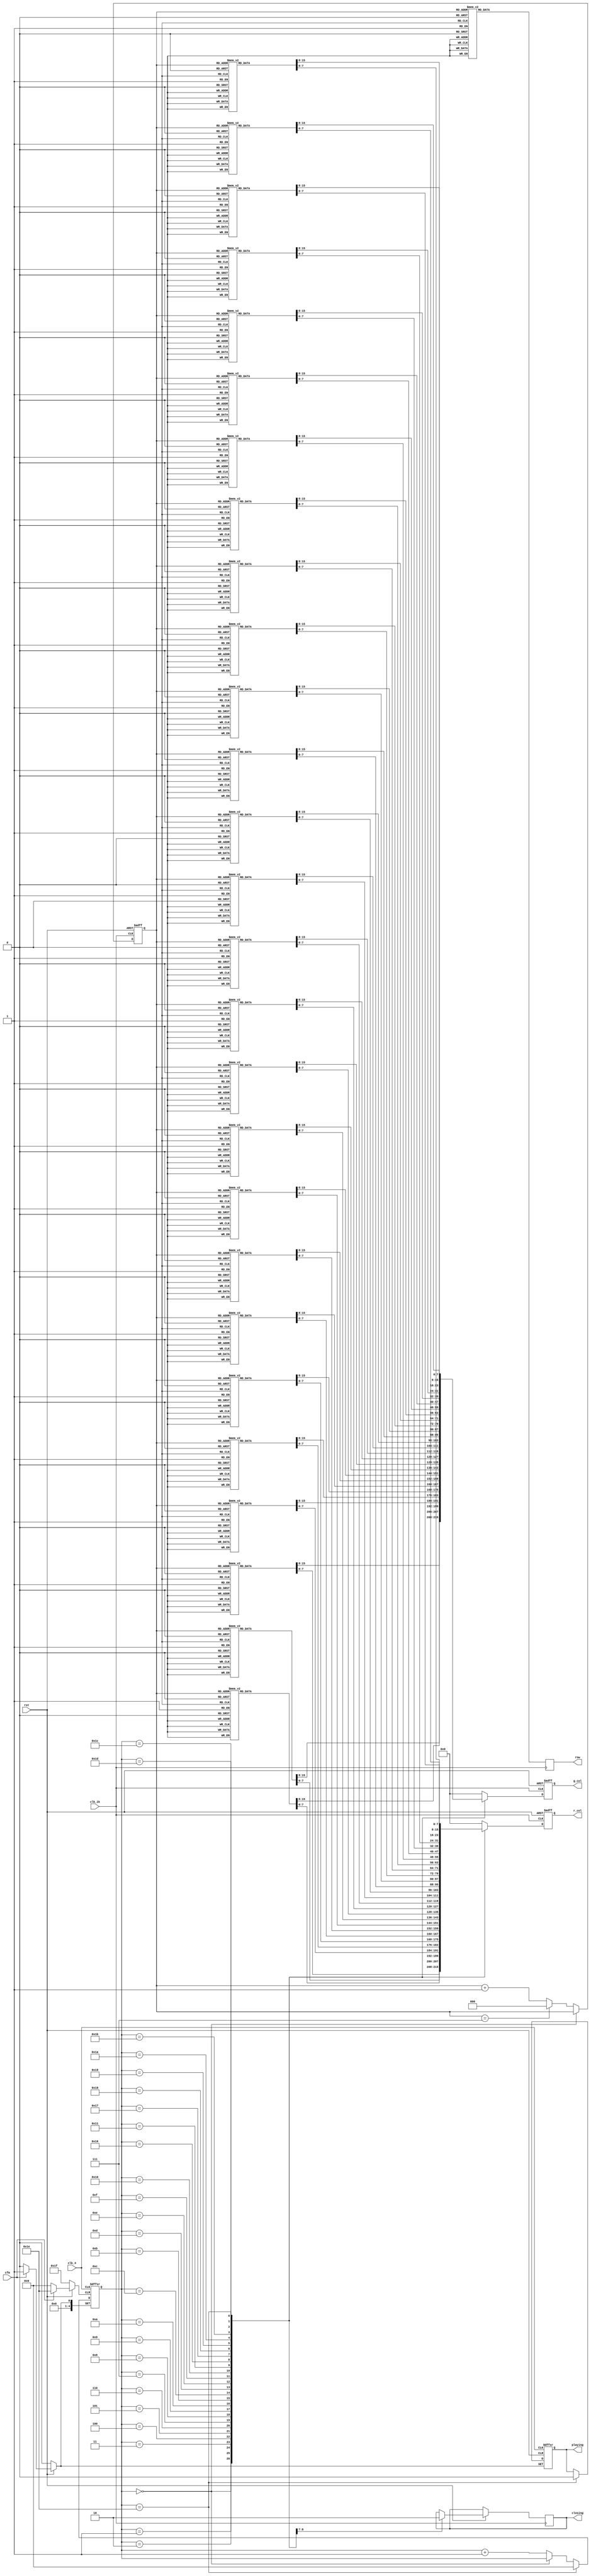
//88
module Screen(
									input clk_1k,clk_4,						//
									input rst,											//
									input cfm,										//Operator>>
								
									output reg[7:0] row=0,			//
									output reg[7:0] r_col=0,		//
									output reg[7:0] g_col=0,		//
									output reg  playing=0,			//
									output reg closing=0
									);
	 
	 
	 reg [4:0] cnt_playing= 0;						//
	 reg [2:0] cnt_scan= 0;							//
	 
	 
	 //
	 always @(posedge clk_4 or negedge rst or posedge cfm)
		  begin  
				if(!rst) begin
					cnt_playing<=0;
					playing<=0;
				end
				else if(cfm)begin												//cfm01
					cnt_playing<=5'b00001;
					playing<=1;
				end
				else if(cnt_playing==5'b11110) begin	//0
					cnt_playing<=0;
					playing<=0;
				end
				else if(cnt_playing==0)
					cnt_playing<=cnt_playing;						//0
				else begin																//
					cnt_playing<=cnt_playing+1'b1;
					playing<=playing;
				end
		  end	
		
	 //
    always @(posedge clk_1k or negedge rst)
	     begin
				if(!rst)begin												//rst
					cnt_scan<=0;
				end
				else if(cnt_playing==0)						//
						cnt_scan<=cnt_scan;
			   else if(cnt_scan ==3'b111)				//81
					 cnt_scan <= 3'b000;
				else																//
					 cnt_scan <= cnt_scan + 1'b1;
		  end
		  
		 // 
		always @(posedge clk_1k)begin
		 case(cnt_scan)
		 3'b111:row<=8'b0111_1111; 
		 3'b110:row<=8'b1011_1111; 
		 3'b101:row<=8'b1101_1111; 
		 3'b100:row<=8'b1110_1111; 
		 3'b011:row<=8'b1111_0111; 
		 3'b010:row<=8'b1111_1011; 
		 3'b001:row<=8'b1111_1101; 
		 3'b000:row<=8'b1111_1110; 
		 default:row<=0; 
		 endcase
		end
		
   
	//=====================================================
	  always @(negedge rst or posedge clk_1k)
			begin
			  if(!rst) begin
				r_col<=0;
				g_col<=0;
				end
				else begin
			  case(cnt_playing)
			  
					//=====
				 	5'b00000:begin
							 case(cnt_scan)
							 3'b111:begin  r_col<=8'b0000_0000; g_col<= 8'b0000_0000; end
							 3'b110:begin  r_col<=8'b0000_0000; g_col<= 8'b0000_0000; end
							 3'b101:begin  r_col<=8'b0000_0000; g_col<= 8'b0000_0000; end
							 3'b100:begin  r_col<=8'b0000_0000; g_col<= 8'b0000_0000; end
							 3'b011:begin  r_col<=8'b0000_0000; g_col<= 8'b0000_0000; end
							 3'b010:begin  r_col<=8'b0000_0000; g_col<= 8'b0000_0000; end
							 3'b001:begin  r_col<=8'b0000_0000; g_col<= 8'b0000_0000; end
							 3'b000:begin  r_col<=8'b0000_0000; g_col<= 8'b0000_0000; end
							 default:begin  r_col<=8'b0000_0000; g_col<= 8'b0000_0000; end
							 endcase
							end
				 	5'b00001:begin
							 case(cnt_scan)
							 3'b111:begin  r_col<=8'b1111_1111; g_col<= 8'b0000_0000; end
							 3'b110:begin  r_col<=8'b1110_0111; g_col<= 8'b0001_1000; end
							 3'b101:begin  r_col<=8'b1101_1011; g_col<= 8'b0010_0100; end
							 3'b100:begin  r_col<=8'b1100_0011; g_col<= 8'b0011_1100; end
							 3'b011:begin  r_col<=8'b1101_1011; g_col<= 8'b0010_0100; end
							 3'b010:begin  r_col<=8'b1101_1011; g_col<= 8'b0010_0100; end
							 3'b001:begin  r_col<=8'b1100_0011; g_col<= 8'b0011_1100; end
							 3'b000:begin  r_col<=8'b1111_1111; g_col<= 8'b0000_0000; end
							 default:begin  r_col<=8'b0000_0000; g_col<= 8'b0000_0000; end
							 endcase
							end
					5'b00010:begin
							 case(cnt_scan)
							 3'b111:begin  r_col<=8'b1111_1111; g_col<= 8'b0000_0000; end
							 3'b110:begin  r_col<=8'b1110_0111; g_col<= 8'b0001_1000; end
							 3'b101:begin  r_col<=8'b1101_1011; g_col<= 8'b0010_0100; end
							 3'b100:begin  r_col<=8'b1100_0011; g_col<= 8'b0011_1100; end
							 3'b011:begin  r_col<=8'b1101_1011; g_col<= 8'b0010_0100; end
							 3'b010:begin  r_col<=8'b1101_1011; g_col<= 8'b0010_0100; end
							 3'b001:begin  r_col<=8'b1100_0011; g_col<= 8'b0011_1100; end
							 3'b000:begin  r_col<=8'b1111_1111; g_col<= 8'b0000_0000; end
							 default:begin  r_col<=8'b0000_0000; g_col<= 8'b0000_0000; end
							 endcase
							end
				 	5'b00011:begin
							 case(cnt_scan)
							 3'b111:begin  r_col<=8'b1111_1111; g_col<= 8'b0000_0000; end
							 3'b110:begin  r_col<=8'b1111_1011; g_col<= 8'b0000_0100; end
							 3'b101:begin  r_col<=8'b1111_1011; g_col<= 8'b0000_0100; end
							 3'b100:begin  r_col<=8'b1100_0011; g_col<= 8'b0011_1100; end
							 3'b011:begin  r_col<=8'b1101_1011; g_col<= 8'b0010_0100; end
							 3'b010:begin  r_col<=8'b1101_1011; g_col<= 8'b0010_0100; end
							 3'b001:begin  r_col<=8'b1100_0011; g_col<= 8'b0011_1100; end
							 3'b000:begin  r_col<=8'b1111_1111; g_col<= 8'b0000_0000; end
							 default:begin  r_col<=8'b0000_0000; g_col<= 8'b0000_0000; end
							 endcase
							end
					5'b00100:begin
							 case(cnt_scan)
							 3'b111:begin  r_col<=8'b1111_1111; g_col<= 8'b0000_0000; end
							 3'b110:begin  r_col<=8'b1111_1001; g_col<= 8'b0000_0110; end
							 3'b101:begin  r_col<=8'b1111_1010; g_col<= 8'b0000_0101; end
							 3'b100:begin  r_col<=8'b1100_0011; g_col<= 8'b0011_1100; end
							 3'b011:begin  r_col<=8'b1101_1011; g_col<= 8'b0010_0100; end
							 3'b010:begin  r_col<=8'b1101_1011; g_col<= 8'b0010_0100; end
							 3'b001:begin  r_col<=8'b1100_0011; g_col<= 8'b0011_1100; end
							 3'b000:begin  r_col<=8'b1111_1111; g_col<= 8'b0000_0000; end
							 default:begin  r_col<=8'b0000_0000; g_col<= 8'b0000_0000; end
							 endcase
							end											 
				 	5'b00101:begin
							 case(cnt_scan)
							 3'b111:begin  r_col<=8'b1111_1111; g_col<= 8'b0000_0000; end
							 3'b110:begin  r_col<=8'b1111_1111; g_col<= 8'b0000_0000; end
							 3'b101:begin  r_col<=8'b1111_1111; g_col<= 8'b0000_0000; end
							 3'b100:begin  r_col<=8'b1111_1111; g_col<= 8'b0000_0000; end
							 3'b011:begin  r_col<=8'b1111_1111; g_col<= 8'b0000_0000; end
							 3'b010:begin  r_col<=8'b1111_1111; g_col<= 8'b0000_0000; end
							 3'b001:begin  r_col<=8'b1111_1111; g_col<= 8'b0000_0000; end
							 3'b000:begin  r_col<=8'b1111_1111; g_col<= 8'b0000_0000; end
							 default:begin  r_col<=8'b0000_0000; g_col<= 8'b0000_0000; end
							 endcase
							end	
					5'b00110:begin
							 case(cnt_scan)
							 3'b111:begin  r_col<=8'b0000_1111; g_col<= 8'b0000_0000; end
							 3'b110:begin  r_col<=8'b1111_1111; g_col<= 8'b0000_0000; end
							 3'b101:begin  r_col<=8'b1111_1111; g_col<= 8'b0000_0000; end
							 3'b100:begin  r_col<=8'b1111_1111; g_col<= 8'b0000_0000; end
							 3'b011:begin  r_col<=8'b1111_1111; g_col<= 8'b0000_0000; end
							 3'b010:begin  r_col<=8'b1111_1111; g_col<= 8'b0000_0000; end
							 3'b001:begin  r_col<=8'b1111_1111; g_col<= 8'b0000_0000; end
							 3'b000:begin  r_col<=8'b0000_1111; g_col<= 8'b0000_0000; end
							 default:begin  r_col<=8'b0000_0000; g_col<= 8'b0000_0000; end
							 endcase
							end
				 	5'b00111:begin
							 case(cnt_scan)
							 3'b111:begin  r_col<=8'b0000_0011; g_col<= 8'b0000_0000; end
							 3'b110:begin  r_col<=8'b0000_1111; g_col<= 8'b0000_0000; end
							 3'b101:begin  r_col<=8'b0011_1111; g_col<= 8'b0000_0000; end
							 3'b100:begin  r_col<=8'b0011_1111; g_col<= 8'b0000_0000; end
							 3'b011:begin  r_col<=8'b0011_1111; g_col<= 8'b0000_0000; end
							 3'b010:begin  r_col<=8'b0011_1111; g_col<= 8'b0000_0000; end
							 3'b001:begin  r_col<=8'b0000_1111; g_col<= 8'b0000_0000; end
							 3'b000:begin  r_col<=8'b0000_0011; g_col<= 8'b0000_0000; end
							 default:begin  r_col<=8'b0000_0000; g_col<= 8'b0000_0000; end
							 endcase
							end				 
				 	5'b01000:begin
							 case(cnt_scan)
							 3'b111:begin  r_col<=8'b0000_0001; g_col<= 8'b0000_0000; end
							 3'b110:begin  r_col<=8'b0000_0111; g_col<= 8'b0000_0000; end
							 3'b101:begin  r_col<=8'b0000_1111; g_col<= 8'b0000_0000; end
							 3'b100:begin  r_col<=8'b0001_1111; g_col<= 8'b0001_0000; end
							 3'b011:begin  r_col<=8'b0001_1111; g_col<= 8'b0001_0000; end
							 3'b010:begin  r_col<=8'b0000_1111; g_col<= 8'b0000_0000; end
							 3'b001:begin  r_col<=8'b0000_0111; g_col<= 8'b0000_0000; end
							 3'b000:begin  r_col<=8'b0000_0001; g_col<= 8'b0000_0000; end
							 default:begin  r_col<=8'b0000_0000; g_col<= 8'b0000_0000; end
							 endcase
							end
					5'b01001:begin
							 case(cnt_scan)
							 3'b111:begin  r_col<=8'b0000_0001; g_col<= 8'b0000_0000; end
							 3'b110:begin  r_col<=8'b0000_0011; g_col<= 8'b0000_0000; end
							 3'b101:begin  r_col<=8'b0000_0111; g_col<= 8'b0000_0000; end
							 3'b100:begin  r_col<=8'b0001_1111; g_col<= 8'b0001_1000; end
							 3'b011:begin  r_col<=8'b0001_1111; g_col<= 8'b0001_1000; end
							 3'b010:begin  r_col<=8'b0000_0111; g_col<= 8'b0000_0000; end
							 3'b001:begin  r_col<=8'b0000_0011; g_col<= 8'b0000_0000; end
							 3'b000:begin  r_col<=8'b0000_0001; g_col<= 8'b0000_0000; end
							 default:begin  r_col<=8'b0000_0000; g_col<= 8'b0000_0000; end
							 endcase
							end		
					
					
					//32=====	
				 	5'b01010:begin																															
							 case(cnt_scan)
							 3'b111:begin  r_col<=8'b0000_0000; g_col<= 8'b0000_0000; end
							 3'b110:begin  r_col<=8'b0000_0000; g_col<= 8'b0000_0000; end
							 3'b101:begin  r_col<=8'b0000_0000; g_col<= 8'b0000_0000; end
							 3'b100:begin  r_col<=8'b0001_1000; g_col<= 8'b0001_1000; end
							 3'b011:begin  r_col<=8'b0001_1000; g_col<= 8'b0001_1000; end
							 3'b010:begin  r_col<=8'b0000_0000; g_col<= 8'b0000_0000; end
							 3'b001:begin  r_col<=8'b0000_0000; g_col<= 8'b0000_0000; end
							 3'b000:begin  r_col<=8'b0000_0000; g_col<= 8'b0000_0000; end
							 default:begin  r_col<=8'b0000_0000; g_col<= 8'b0000_0000; end
							 endcase
							end				 
				 5'b01011:begin
							 case(cnt_scan)
							 3'b111:begin  r_col<=8'b0000_0000; g_col<= 8'b0000_0000; end
							 3'b110:begin  r_col<=8'b0000_0000; g_col<= 8'b0000_0000; end
							 3'b101:begin  r_col<=8'b0000_0000; g_col<= 8'b0000_0000; end
							 3'b100:begin  r_col<=8'b0001_1000; g_col<= 8'b0001_1000; end
							 3'b011:begin  r_col<=8'b0001_1000; g_col<= 8'b0001_1000; end
							 3'b010:begin  r_col<=8'b0000_0000; g_col<= 8'b0000_0000; end
							 3'b001:begin  r_col<=8'b0000_0000; g_col<= 8'b0000_0000; end
							 3'b000:begin  r_col<=8'b0000_0000; g_col<= 8'b0000_0000; end
							 default:begin  r_col<=8'b0000_0000; g_col<= 8'b0000_0000; end
							 endcase
							end
				 5'b01100:begin
							 case(cnt_scan)
							 3'b111:begin  r_col<=8'b0000_0000; g_col<= 8'b0000_0000; end
							 3'b110:begin  r_col<=8'b0000_0000; g_col<= 8'b0000_0000; end
							 3'b101:begin  r_col<=8'b0000_0000; g_col<= 8'b0000_0000; end
							 3'b100:begin  r_col<=8'b0001_1000; g_col<= 8'b0001_1000; end
							 3'b011:begin  r_col<=8'b0001_1000; g_col<= 8'b0001_1000; end
							 3'b010:begin  r_col<=8'b0000_0000; g_col<= 8'b0000_0000; end
							 3'b001:begin  r_col<=8'b0000_0000; g_col<= 8'b0000_0000; end
							 3'b000:begin  r_col<=8'b0000_0000; g_col<= 8'b0000_0000; end
							 default:begin  r_col<=8'b0000_0000; g_col<= 8'b0000_0000; end
							 endcase
							end							
				 5'b01101:begin
							 case(cnt_scan)
							 3'b111:begin  r_col<=8'b0000_0000; g_col<= 8'b0000_0000; end
							 3'b110:begin  r_col<=8'b0000_0000; g_col<= 8'b0000_0000; end
							 3'b101:begin  r_col<=8'b0000_0000; g_col<= 8'b0000_0000; end
							 3'b100:begin  r_col<=8'b0001_1000; g_col<= 8'b0001_1000; end
							 3'b011:begin  r_col<=8'b0001_1000; g_col<= 8'b0001_1000; end
							 3'b010:begin  r_col<=8'b0000_0000; g_col<= 8'b0000_0000; end
							 3'b001:begin  r_col<=8'b0000_0000; g_col<= 8'b0000_0000; end
							 3'b000:begin  r_col<=8'b0000_0000; g_col<= 8'b0000_0000; end
							 default:begin  r_col<=8'b0000_0000; g_col<= 8'b0000_0000; end
							 endcase
							end
				5'b01110:begin
							 case(cnt_scan)
							 3'b111:begin  r_col<=8'b0000_0000; g_col<= 8'b0000_0000; end
							 3'b110:begin  r_col<=8'b0000_0000; g_col<= 8'b0000_0000; end
							 3'b101:begin  r_col<=8'b0000_0000; g_col<= 8'b0000_0000; end
							 3'b100:begin  r_col<=8'b0001_1000; g_col<= 8'b0001_1000; end
							 3'b011:begin  r_col<=8'b0001_1000; g_col<= 8'b0001_1000; end
							 3'b010:begin  r_col<=8'b0000_0000; g_col<= 8'b0000_0000; end
							 3'b001:begin  r_col<=8'b0000_0000; g_col<= 8'b0000_0000; end
							 3'b000:begin  r_col<=8'b0000_0000; g_col<= 8'b0000_0000; end
							 default:begin  r_col<=8'b0000_0000; g_col<= 8'b0000_0000; end
							 endcase
							end
				5'b01111:begin
							 case(cnt_scan)
							 3'b111:begin  r_col<=8'b0000_0000; g_col<= 8'b0000_0000; end
							 3'b110:begin  r_col<=8'b0000_0000; g_col<= 8'b0000_0000; end
							 3'b101:begin  r_col<=8'b0000_0000; g_col<= 8'b0000_0000; end
							 3'b100:begin  r_col<=8'b0001_1000; g_col<= 8'b0001_1000; end
							 3'b011:begin  r_col<=8'b0001_1000; g_col<= 8'b0001_1000; end
							 3'b010:begin  r_col<=8'b0000_0000; g_col<= 8'b0000_0000; end
							 3'b001:begin  r_col<=8'b0000_0000; g_col<= 8'b0000_0000; end
							 3'b000:begin  r_col<=8'b0000_0000; g_col<= 8'b0000_0000; end
							 default:begin  r_col<=8'b0000_0000; g_col<= 8'b0000_0000; end
							 endcase
							end
				5'b10000:begin
							 case(cnt_scan)
							 3'b111:begin  r_col<=8'b0000_0000; g_col<= 8'b0000_0000; end
							 3'b110:begin  r_col<=8'b0000_0000; g_col<= 8'b0000_0000; end
							 3'b101:begin  r_col<=8'b0000_0000; g_col<= 8'b0000_0000; end
							 3'b100:begin  r_col<=8'b0001_1000; g_col<= 8'b0001_1000; end
							 3'b011:begin  r_col<=8'b0001_1000; g_col<= 8'b0001_1000; end
							 3'b010:begin  r_col<=8'b0000_0000; g_col<= 8'b0000_0000; end
							 3'b001:begin  r_col<=8'b0000_0000; g_col<= 8'b0000_0000; end
							 3'b000:begin  r_col<=8'b0000_0000; g_col<= 8'b0000_0000; end
							 default:begin  r_col<=8'b0000_0000; g_col<= 8'b0000_0000; end
							 endcase
							end
				5'b10001:begin
							 case(cnt_scan)
							 3'b111:begin  r_col<=8'b0000_0000; g_col<= 8'b0000_0000; end
							 3'b110:begin  r_col<=8'b0000_0000; g_col<= 8'b0000_0000; end
							 3'b101:begin  r_col<=8'b0000_0000; g_col<= 8'b0000_0000; end
							 3'b100:begin  r_col<=8'b0001_1000; g_col<= 8'b0001_1000; end
							 3'b011:begin  r_col<=8'b0001_1000; g_col<= 8'b0001_1000; end
							 3'b010:begin  r_col<=8'b0000_0000; g_col<= 8'b0000_0000; end
							 3'b001:begin  r_col<=8'b0000_0000; g_col<= 8'b0000_0000; end
							 3'b000:begin  r_col<=8'b0000_0000; g_col<= 8'b0000_0000; end
							 default:begin  r_col<=8'b0000_0000; g_col<= 8'b0000_0000; end
							 endcase
							end
				 
				 //default=========
				 							

				 //====================================
				 5'b10110:begin
							 closing<=1;
							 case(cnt_scan)
							 3'b111:begin  r_col<=8'b0000_0001; g_col<= 8'b0000_0000; end
							 3'b110:begin  r_col<=8'b0000_0011; g_col<= 8'b0000_0000; end
							 3'b101:begin  r_col<=8'b0000_0111; g_col<= 8'b0000_0000; end
							 3'b100:begin  r_col<=8'b0000_0111; g_col<= 8'b0000_0000; end
							 3'b011:begin  r_col<=8'b0000_0111; g_col<= 8'b0000_0000; end
							 3'b010:begin  r_col<=8'b0000_0111; g_col<= 8'b0000_0000; end
							 3'b001:begin  r_col<=8'b0000_0011; g_col<= 8'b0000_0000; end
							 3'b000:begin  r_col<=8'b0000_0001; g_col<= 8'b0000_0000; end
							 default:begin  r_col<=8'b0000_0000; g_col<= 8'b0000_0000; end
							 endcase
						 end
				 5'b10111:begin
							closing<=0;
							 case(cnt_scan)
							 3'b111:begin  r_col<=8'b0000_0001; g_col<= 8'b0000_0000; end
							 3'b110:begin  r_col<=8'b0000_0111; g_col<= 8'b0000_0000; end
							 3'b101:begin  r_col<=8'b0000_1111; g_col<= 8'b0000_0000; end
							 3'b100:begin  r_col<=8'b0001_1111; g_col<= 8'b0001_0000; end
							 3'b011:begin  r_col<=8'b0001_1111; g_col<= 8'b0001_0000; end
							 3'b010:begin  r_col<=8'b0000_1111; g_col<= 8'b0000_0000; end
							 3'b001:begin  r_col<=8'b0000_0111; g_col<= 8'b0000_0000; end
							 3'b000:begin  r_col<=8'b0000_0001; g_col<= 8'b0000_0000; end
							 default:begin  r_col<=8'b0000_0000; g_col<= 8'b0000_0000; end
							 endcase
							end
				 5'b11000:begin
							 case(cnt_scan)
							 3'b111:begin r_col<=8'b0000_0011; g_col<= 8'b0000_0000; end
							 3'b110:begin r_col<=8'b0000_1111; g_col<= 8'b0000_0000; end
							 3'b101:begin r_col<=8'b0011_1111; g_col<= 8'b0000_0000; end
							 3'b100:begin r_col<=8'b0011_1111; g_col<= 8'b0000_0000; end
							 3'b011:begin r_col<=8'b0011_1111; g_col<= 8'b0000_0000; end
							 3'b010:begin r_col<=8'b0011_1111; g_col<= 8'b0000_0000; end
							 3'b001:begin r_col<=8'b0000_1111; g_col<= 8'b0000_0000; end
							 3'b000:begin r_col<=8'b0000_0011; g_col<= 8'b0000_0000; end
							 default:begin r_col<=8'b0000_0000; g_col<= 8'b0000_0000; end
							 endcase
						 end
				5'b11001:begin
							 case(cnt_scan)
							 3'b111:begin  r_col<=8'b0000_1111; g_col<= 8'b0000_0000; end
							 3'b110:begin  r_col<=8'b1111_1111; g_col<= 8'b0000_0000; end
							 3'b101:begin  r_col<=8'b1111_1111; g_col<= 8'b0000_0000; end
							 3'b100:begin  r_col<=8'b1111_1111; g_col<= 8'b0000_0000; end
							 3'b011:begin  r_col<=8'b1111_1111; g_col<= 8'b0000_0000; end
							 3'b010:begin  r_col<=8'b1111_1111; g_col<= 8'b0000_0000; end
							 3'b001:begin  r_col<=8'b1111_1111; g_col<= 8'b0000_0000; end
							 3'b000:begin  r_col<=8'b0000_1111; g_col<= 8'b0000_0000; end
							 default:begin  r_col<=8'b0000_0000; g_col<= 8'b0000_0000; end
							 endcase
							end
				5'b11010:begin
							 case(cnt_scan)
							 3'b111:begin r_col<=8'b1111_1111; g_col<= 8'b0000_0000; end
							 3'b110:begin r_col<=8'b1111_1111; g_col<= 8'b0000_0000; end
							 3'b101:begin r_col<=8'b1111_1111; g_col<= 8'b0000_0000; end
							 3'b100:begin r_col<=8'b1111_1111; g_col<= 8'b0000_0000; end
							 3'b011:begin r_col<=8'b1111_1111; g_col<= 8'b0000_0000; end
							 3'b010:begin r_col<=8'b1111_1111; g_col<= 8'b0000_0000; end
							 3'b001:begin r_col<=8'b1111_1111; g_col<= 8'b0000_0000; end
							 3'b000:begin r_col<=8'b1111_1111; g_col<= 8'b0000_0000; end
							 default:begin r_col<=8'b0000_0000; g_col<= 8'b0000_0000; end
							 endcase
						 end
				5'b11011:begin
							 case(cnt_scan)
							 3'b111:begin r_col<=8'b1111_1111; g_col<= 8'b0000_0000; end
							 3'b110:begin r_col<=8'b1111_1001; g_col<= 8'b0000_0110; end
							 3'b101:begin r_col<=8'b1111_1010; g_col<= 8'b0000_0101; end
							 3'b100:begin r_col<=8'b1100_0011; g_col<= 8'b0011_1100; end
							 3'b011:begin r_col<=8'b1101_1011; g_col<= 8'b0010_0100; end
							 3'b010:begin r_col<=8'b1101_1011; g_col<= 8'b0010_0100; end
							 3'b001:begin r_col<=8'b1100_0011; g_col<= 8'b0011_1100; end
							 3'b000:begin r_col<=8'b1111_1111; g_col<= 8'b0000_0000; end
							 default:begin r_col<=8'b0000_0000; g_col<= 8'b0000_0000; end
							 endcase
						 end
				5'b11100:begin
							 case(cnt_scan)
							 3'b111:begin r_col<=8'b1111_1111; g_col<= 8'b0000_0000; end
							 3'b110:begin r_col<=8'b1111_1011; g_col<= 8'b0000_0100; end
							 3'b101:begin r_col<=8'b1111_1011; g_col<= 8'b0000_0100; end
							 3'b100:begin r_col<=8'b1100_0011; g_col<= 8'b0011_1100; end
							 3'b011:begin r_col<=8'b1101_1011; g_col<= 8'b0010_0100; end
							 3'b010:begin r_col<=8'b1101_1011; g_col<= 8'b0010_0100; end
							 3'b001:begin r_col<=8'b1100_0011; g_col<= 8'b0011_1100; end
							 3'b000:begin r_col<=8'b1111_1111; g_col<= 8'b0000_0000; end
							 default:begin r_col<=8'b0000_0000; g_col<= 8'b0000_0000; end
							 endcase
						 end
				5'b11101:begin
							 case(cnt_scan)
							 3'b111:begin r_col<=8'b1111_1111; g_col<= 8'b0000_0000; end
							 3'b110:begin r_col<=8'b1110_0111; g_col<= 8'b0001_1000; end
							 3'b101:begin r_col<=8'b1101_1011; g_col<= 8'b0010_0100; end
							 3'b100:begin r_col<=8'b1100_0011; g_col<= 8'b0011_1100; end
							 3'b011:begin r_col<=8'b1101_1011; g_col<= 8'b0010_0100; end
							 3'b010:begin r_col<=8'b1101_1011; g_col<= 8'b0010_0100; end
							 3'b001:begin r_col<=8'b1100_0011; g_col<= 8'b0011_1100; end
							 3'b000:begin r_col<=8'b1111_1111; g_col<= 8'b0000_0000; end
							 default:begin r_col<=8'b0000_0000; g_col<= 8'b0000_0000; end
							 endcase
						 end
				5'b11110:begin
							 case(cnt_scan)
							 3'b111:begin r_col<=8'b1111_1111; g_col<= 8'b0000_0000; end
							 3'b110:begin r_col<=8'b1110_0111; g_col<= 8'b0001_1000; end
							 3'b101:begin r_col<=8'b1101_1011; g_col<= 8'b0010_0100; end
							 3'b100:begin r_col<=8'b1100_0011; g_col<= 8'b0011_1100; end
							 3'b011:begin r_col<=8'b1101_1011; g_col<= 8'b0010_0100; end
							 3'b010:begin r_col<=8'b1101_1011; g_col<= 8'b0010_0100; end
							 3'b001:begin r_col<=8'b1100_0011; g_col<= 8'b0011_1100; end
							 3'b000:begin r_col<=8'b1111_1111; g_col<= 8'b0000_0000; end
							 default:begin r_col<=8'b0000_0000; g_col<= 8'b0000_0000; end
							 endcase
						 end
				
				//========================

				
				//============================
				default:begin r_col<=0; g_col<= 0; end
				
				endcase
				end
			end              
	 //==================================================
	 
	 
	 
	endmodule